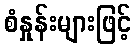
စံနှုန်းများဖြင့်